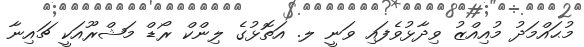
މުޙައްމަދު މުއިއްޒު ވިދާޅުވެފައި ވަނީ ލ. އަތޮޅުގެ ލިންކް ރޯޑް މަޝްރޫއަކީ ޗައިނާ